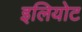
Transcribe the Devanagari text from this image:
इलियोट